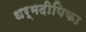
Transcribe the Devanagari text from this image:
धर्मदीपिका